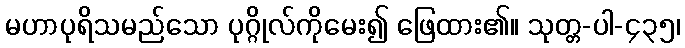
မဟာပုရိသမည်သော ပုဂ္ဂိုလ်ကိုမေး၍ ဖြေထား၏။ သုတ္တ-ပါ-၄၃၅၊